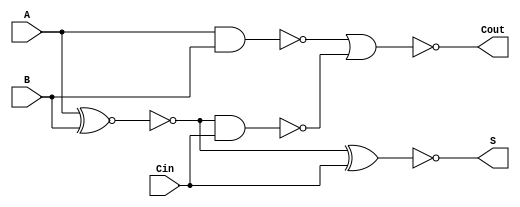
module NegativeCircuitFullAdder (
    input wire A,     // First input bit
    input wire B,     // Second input bit
    input wire Cin,   // Carry input bit
    output wire S,    // Sum output bit
    output wire Cout   // Carry output bit
);

// Internal signals for intermediate calculations
wire A_xor_B;          // A XOR B
wire A_and_B;          // A AND B
wire A_xor_B_and_Cin;  // (A XOR B) AND Cin
wire sum_temp;         // Temporary sum output
wire carry_temp;       // Temporary carry output

// Compute A XOR B
assign A_xor_B = ~(A ~^ B); // Inverted XOR for negative logic

// Compute the intermediate carry conditions
assign A_and_B = ~(A & B); // Inverted AND for negative logic
assign A_xor_B_and_Cin = ~(A_xor_B & Cin); // Inverted AND for negative logic

// Compute the sum output S
assign sum_temp = ~(A_xor_B ^ Cin); // Inverted XOR for negative logic
assign S = sum_temp;

// Compute the carry output Cout
assign carry_temp = ~(A_and_B | A_xor_B_and_Cin); // Inverted OR for negative logic
assign Cout = carry_temp;

endmodule